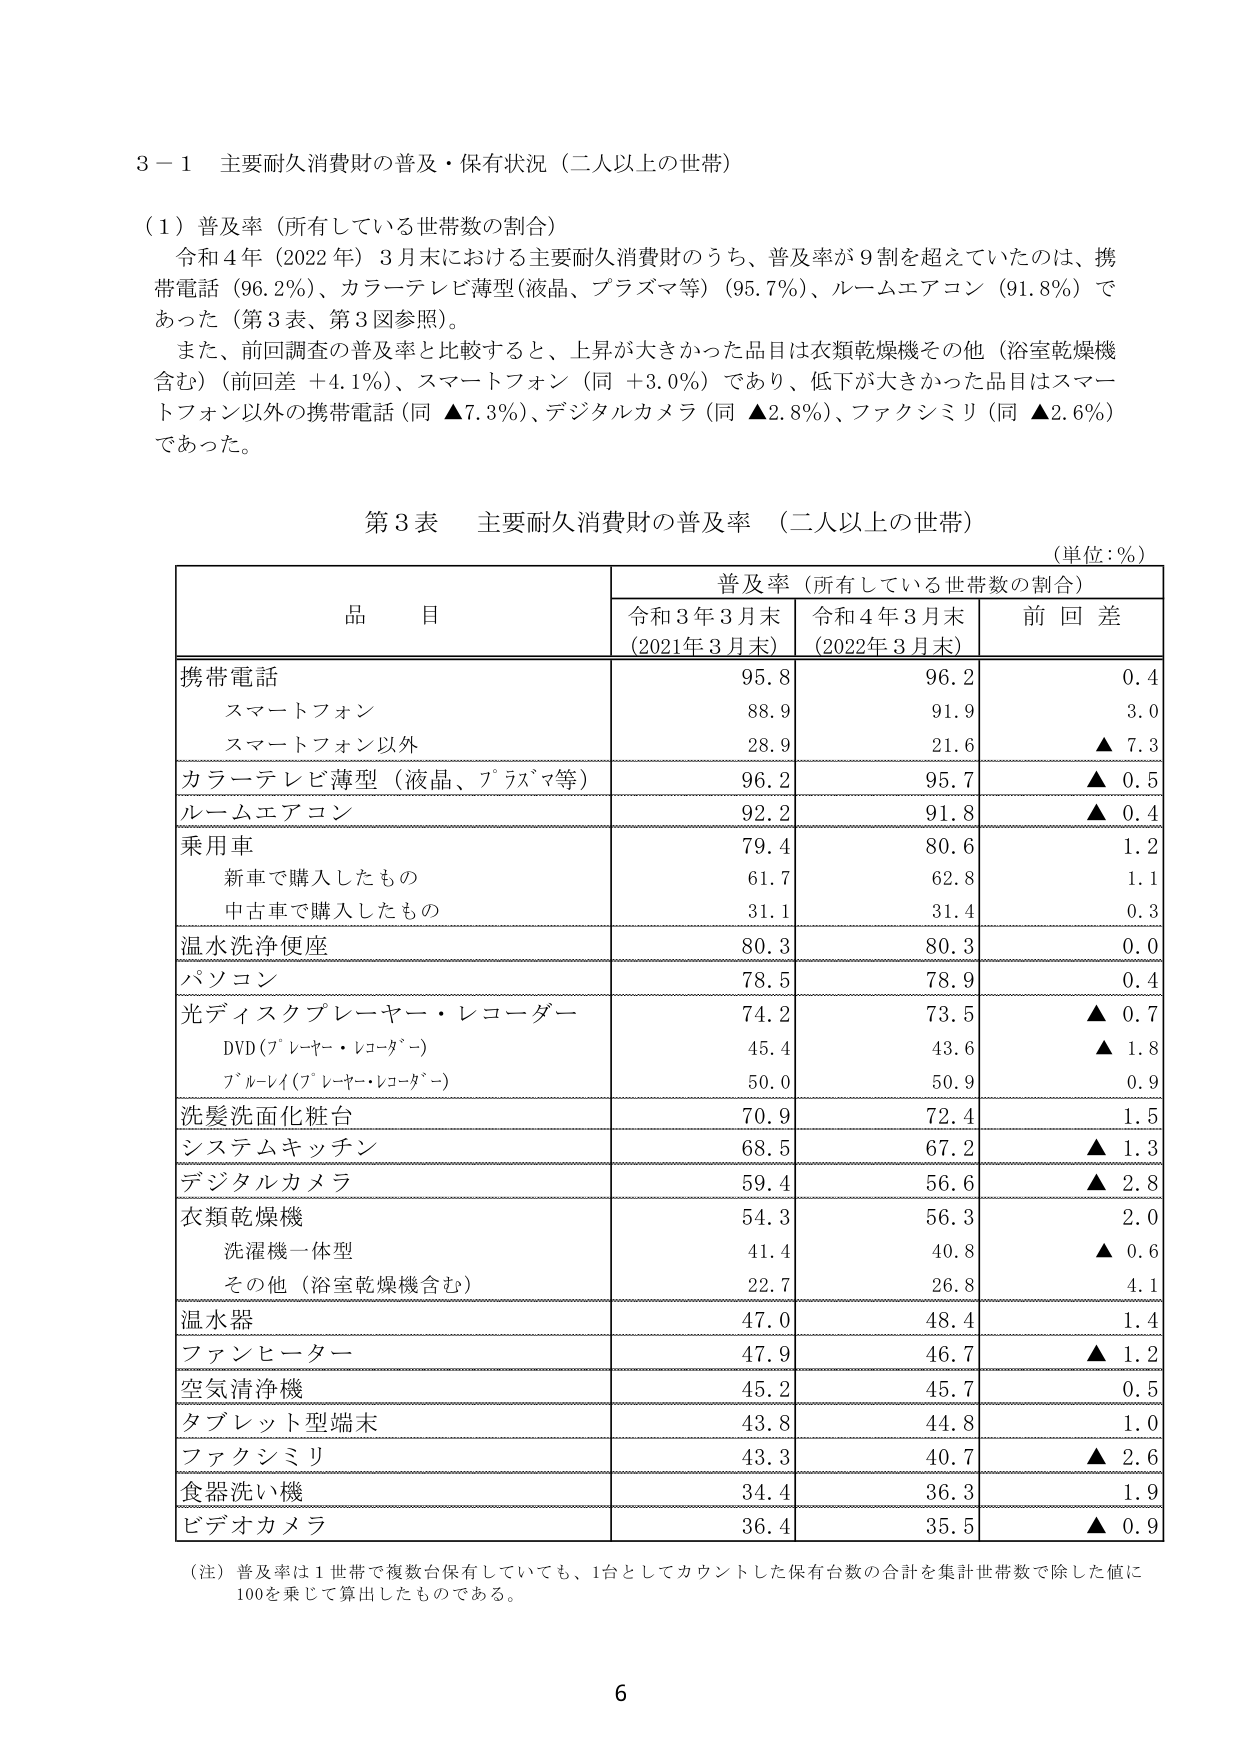
3－1 主要耐久消費財の普及・保有状況（二人以上の世帯）

（1）普及率（所有している世帯数の割合）
令和4年（2022年）3月末における主要耐久消費財のうち、普及率が9割を超えていたのは、携帯電話（96.2％）、カラーテレビ薄型（液晶、プラズマ等）（95.7％）、ルームエアコン（91.8％）であった（第3表、第3図参照）。
また、前回調査の普及率と比較すると、上昇が大きかった品目は衣類乾燥機その他（浴室乾燥機含む）（前回差＋4.1％）、スマートフォン（同＋3.0％）であり、低下が大きかった品目はスマートフォン以外の携帯電話（同▲7.3％）、デジタルカメラ（同▲2.8％）、ファクシミリ（同▲2.6％）であった。

第3表 主要耐久消費財の普及率（二人以上の世帯）
（単位：％）

品目 普及率（所有している世帯数の割合）
令和3年3月末（2021年3月末） 令和4年3月末（2022年3月末） 前回差

携帯電話 95.8 96.2 0.4
　スマートフォン 88.9 91.9 3.0
　スマートフォン以外 28.9 21.6 ▲7.3
カラーテレビ薄型（液晶、プラズマ等） 96.2 95.7 ▲0.5
ルームエアコン 92.2 91.8 ▲0.4
乗用車 79.4 80.6 1.2
　新車で購入したもの 61.7 62.8 1.1
　中古車で購入したもの 31.1 31.4 0.3
温水洗浄便座 80.3 80.3 0.0
パソコン 78.5 78.9 0.4
光ディスクプレーヤー・レコーダー 74.2 73.5 ▲0.7
　DVD（プレーヤー・レコーダー） 45.4 43.6 ▲1.8
　ブルーレイ（プレーヤー・レコーダー） 50.0 50.9 0.9
洗髪洗面化粧台 70.9 72.4 1.5
システムキッチン 68.5 67.2 ▲1.3
デジタルカメラ 59.4 56.6 ▲2.8
衣類乾燥機 54.3 56.3 2.0
　洗濯機一体型 41.4 40.8 ▲0.6
　その他（浴室乾燥機含む） 22.7 26.8 4.1
温水器 47.0 48.4 1.4
ファンヒーター 47.9 46.7 ▲1.2
空気清浄機 45.2 45.7 0.5
タブレット型端末 43.8 44.8 1.0
ファクシミリ 43.3 40.7 ▲2.6
食器洗い機 34.4 36.3 1.9
ビデオカメラ 36.4 35.5 ▲0.9

（注）普及率は1世帯で複数台保有していても、1台としてカウントした保有台数の合計を集計世帯数で除した値に100を乗じて算出したものである。

6